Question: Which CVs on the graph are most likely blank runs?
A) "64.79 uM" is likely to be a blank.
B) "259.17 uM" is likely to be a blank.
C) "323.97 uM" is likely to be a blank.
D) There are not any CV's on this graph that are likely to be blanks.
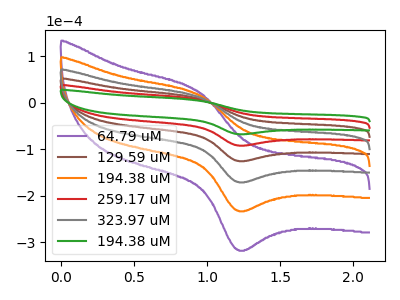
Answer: <think>The purple curve "64.79 uM" has an anodic peak at (0.95V, 39.15uA) and a cathodic peak at (1.20V, -457.20uA). The brown curve "129.59 uM" has an anodic peak at (0.95V, 15.65uA) and a cathodic peak at (1.20V, -182.90uA). The orange curve "194.38 uM" has an anodic peak at (0.95V, 31.30uA) and a cathodic peak at (1.20V, -365.75uA). The red curve "259.17 uM" has an anodic peak at (0.95V, 7.85uA) and a cathodic peak at (1.20V, -91.45uA). The gray curve "323.97 uM" has an anodic peak at (0.95V, 23.50uA) and a cathodic peak at (1.20V, -274.30uA). The green curve "194.38 uM" has an anodic peak at (0.95V, 5.75uA) and a cathodic peak at (1.20V, -67.05uA).</think>
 <answer>D) There are not any CV's on this graph that are likely to be blanks.</answer>
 <eval>D</eval>